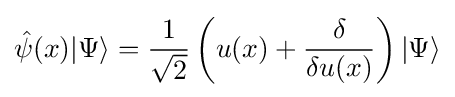
{\hat {\psi }}(x)|\Psi \rangle ={\frac {1}{\sqrt {2}}}\left(u(x)+{\frac {\delta }{\delta u(x)}}\right)|\Psi \rangle